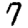
Digit: 7